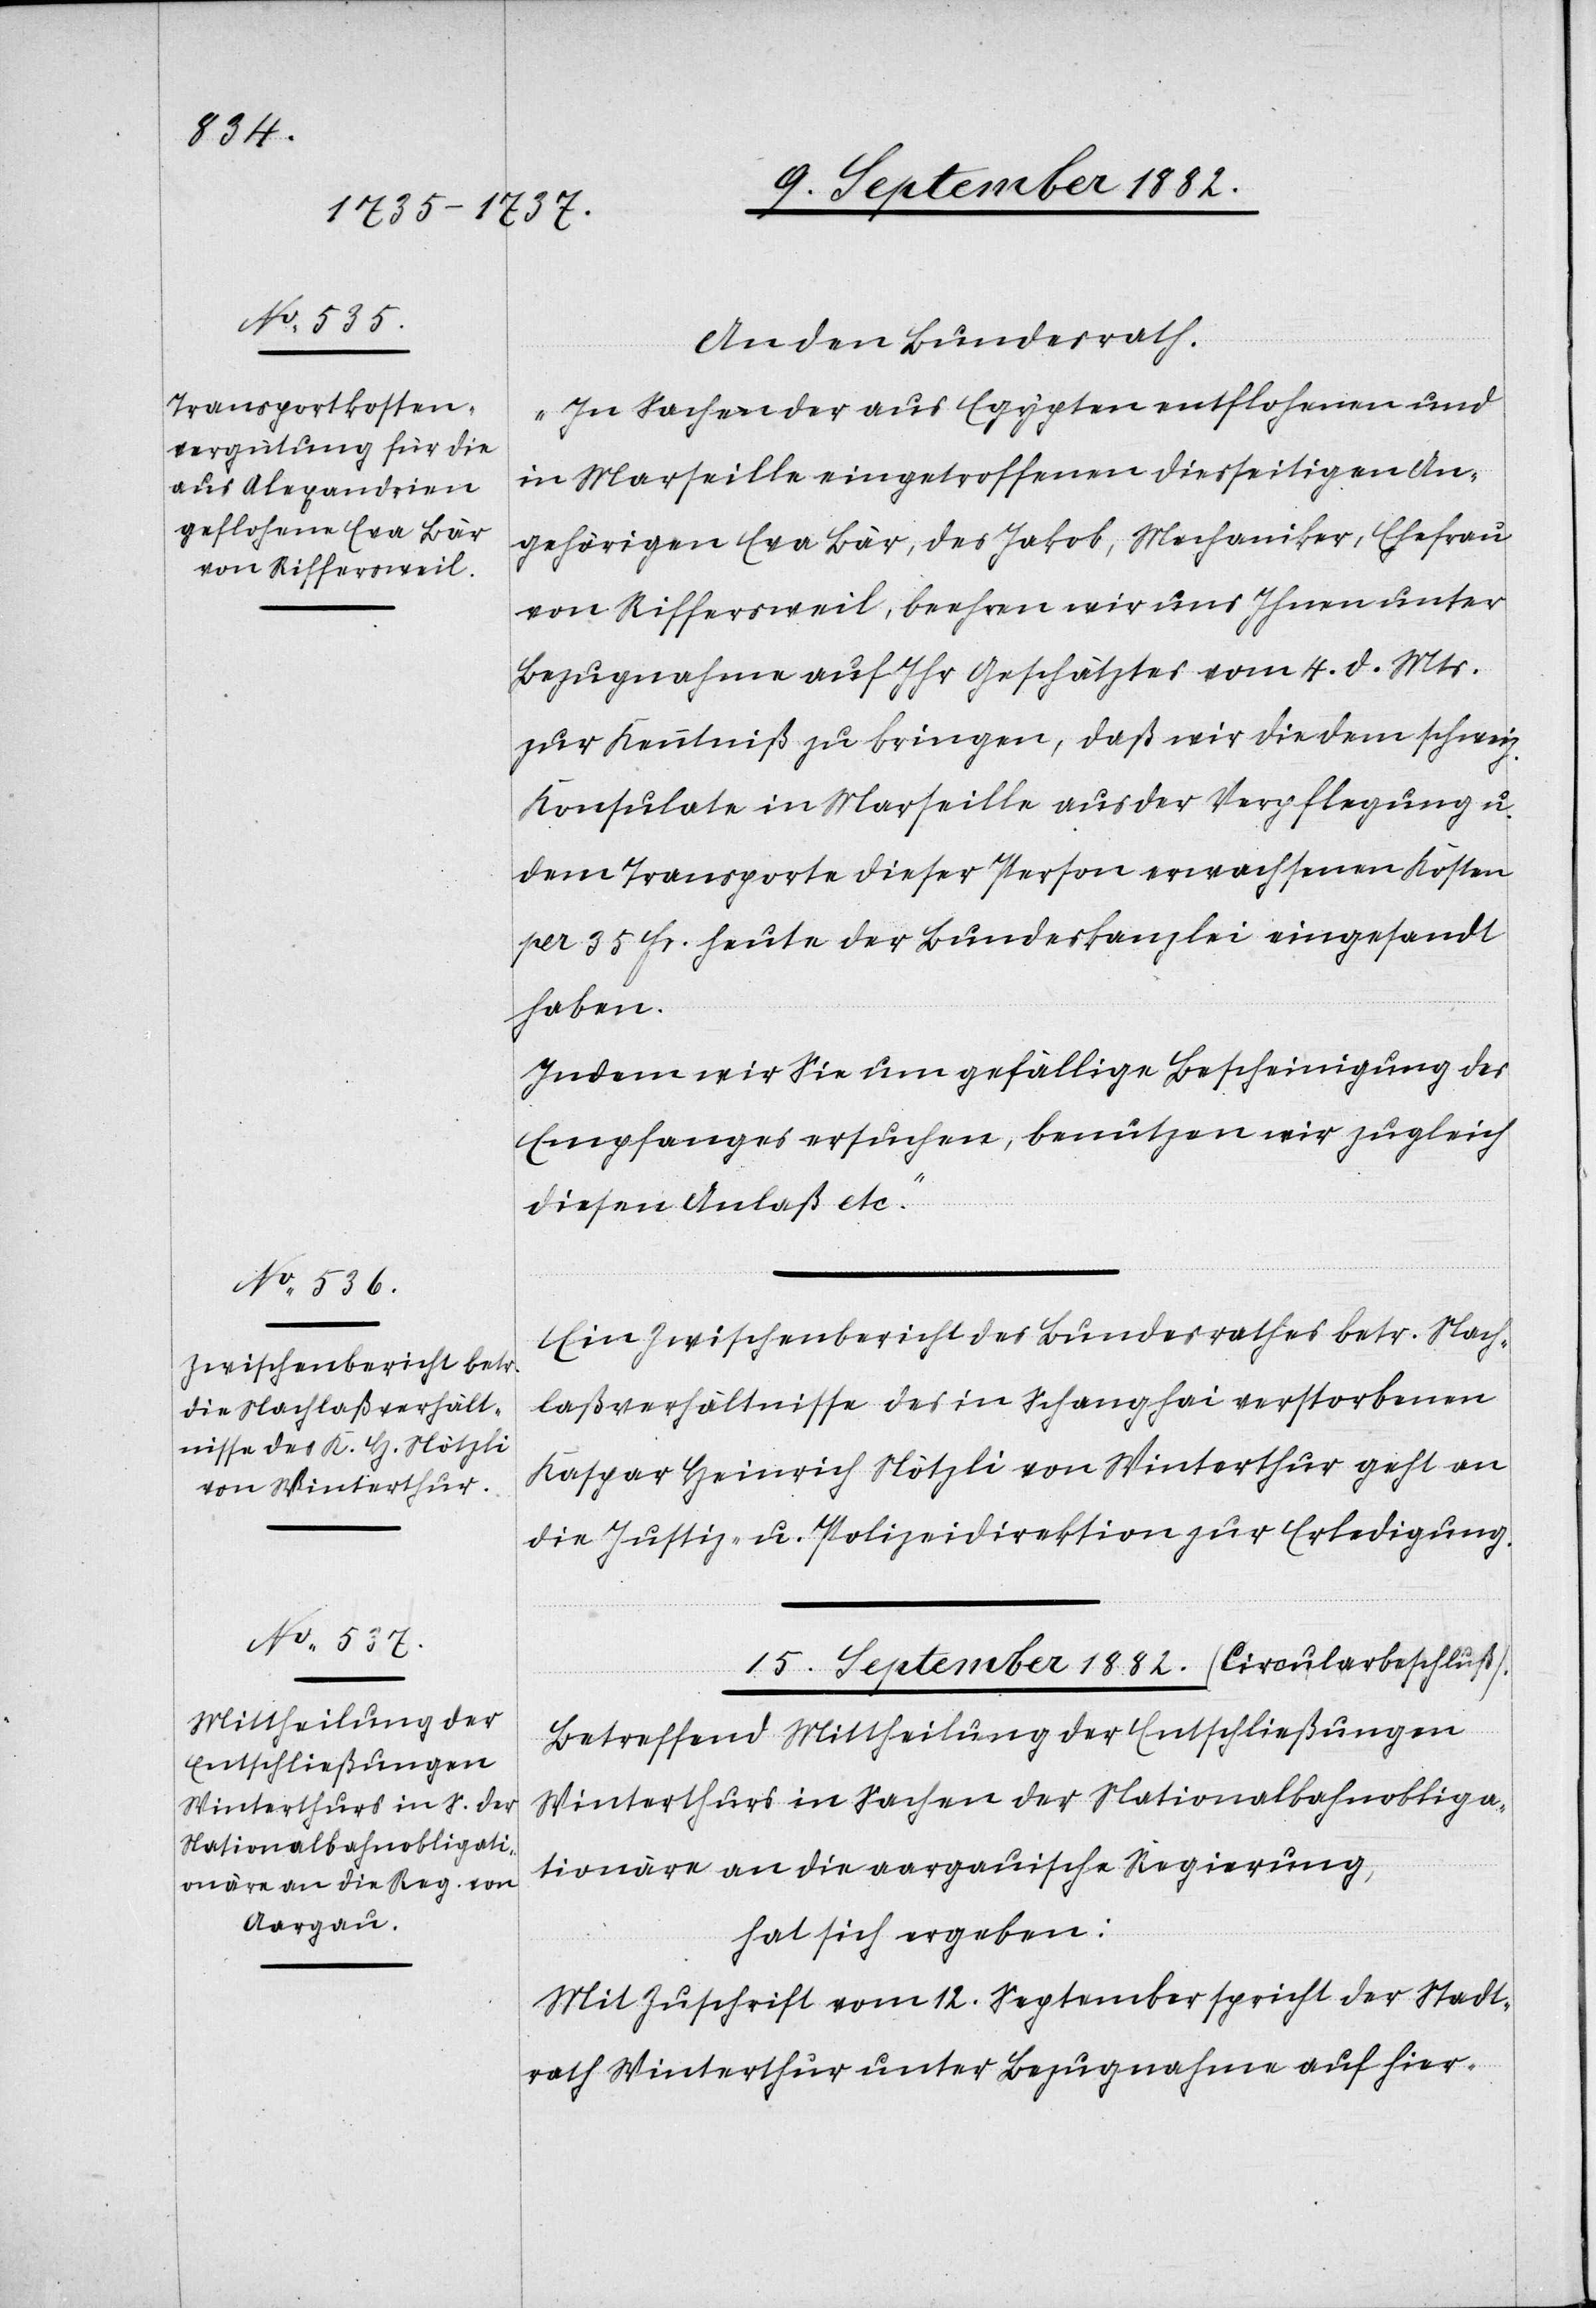
13. September 1882.]
An den Bundesrath:
„In Sachen der aus Egypten entflohenen und
in Marseille eingetroffenen diesseitigen An¬
gehörigen Eva Bär, des Jakob, Mechaniker, Ehefrau
von Riffersweil, beehren wir uns Ihnen unter
Bezugnahme auf Ihr Geschätztes vom 4. d. Mts.
zur Kenntniß zu bringen, daß wir die dem schweiz.
Konsulate in Marseille aus der Verpflegung u.
dem Transporte dieser Person erwachsenen Kosten
per 35 Fr. heute der Bundeskanzlei eingesandt
haben.
Indem wir Sie um gefällige Bescheinigung des
Empfanges ersuchen, benutzen wir zugleich
diesen Anlaß etc.“
Ein Zwischenbericht des Bundesrathes betr. Nach¬
laßverhältnisse des in Schanghai verstorbenen
Kaspar Heinrich Nötzli von Winterthur geht an
die Justiz- & Polizeidirektion zur Erledigung.
15. September 1882. (Circularbeschluß).
Betreffend Mittheilung der Entschließungen
Winterthurs in Sachen der Nationalbahnobliga¬
tionäre an die aargauische Regierung,
hat sich ergeben:
Mit Zuschrift vom 12. September spricht der Stadt¬
rath Winterthur unter Bezugnahme auf hier-